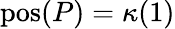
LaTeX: \textup{pos}(P)=\kappa(1)